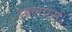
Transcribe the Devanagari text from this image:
डवलपर्स।